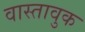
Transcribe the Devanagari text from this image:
वास्तावुक